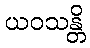
ယဝသန္တိ